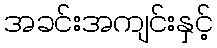
အခင်းအကျင်းနှင့်